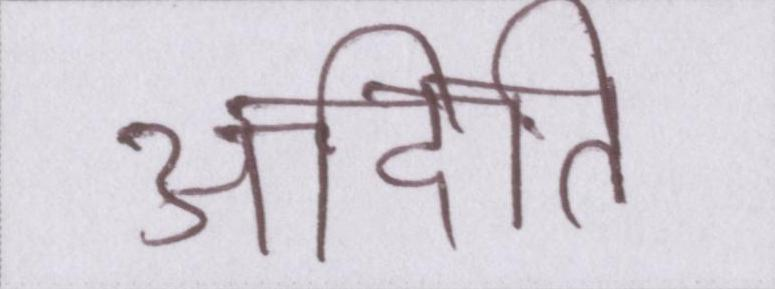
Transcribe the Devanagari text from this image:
अदिति